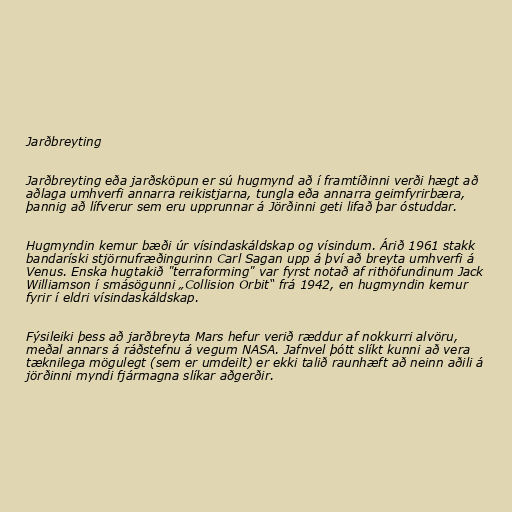
Jarðbreyting

Jarðbreyting eða jarðsköpun er sú hugmynd að í framtíðinni verði hægt að
aðlaga umhverfi annarra reikistjarna, tungla eða annarra geimfyrirbæra,
þannig að lífverur sem eru upprunnar á Jörðinni geti lifað þar óstuddar.

Hugmyndin kemur bæði úr vísindaskáldskap og vísindum. Árið 1961 stakk
bandaríski stjörnufræðingurinn Carl Sagan upp á því að breyta umhverfi á
Venus. Enska hugtakið "terraforming" var fyrst notað af rithöfundinum Jack
Williamson í smásögunni „Collision Orbit“ frá 1942, en hugmyndin kemur
fyrir í eldri vísindaskáldskap.

Fýsileiki þess að jarðbreyta Mars hefur verið ræddur af nokkurri alvöru,
meðal annars á ráðstefnu á vegum NASA. Jafnvel þótt slíkt kunni að vera
tæknilega mögulegt (sem er umdeilt) er ekki talið raunhæft að neinn aðili á
jörðinni myndi fjármagna slíkar aðgerðir.